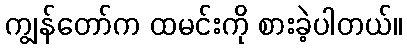
ကျွန်တော်က ထမင်းကို စားခဲ့ပါတယ်။